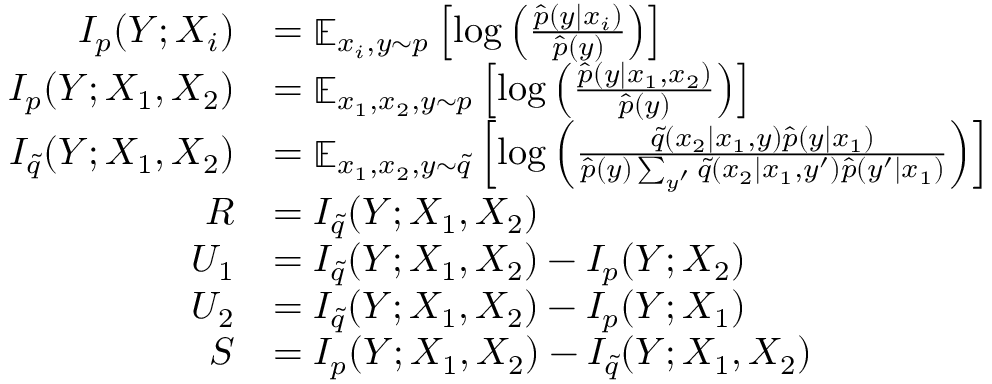
\begin{array} { r l } { I _ { p } ( Y ; X _ { i } ) } & { = \mathop { \mathbb { E } } _ { x _ { i } , y \sim p } \left[ \log \left( \frac { \hat { p } ( y | x _ { i } ) } { \hat { p } ( y ) } \right) \right] } \\ { I _ { p } ( Y ; X _ { 1 } , X _ { 2 } ) } & { = \mathop { \mathbb { E } } _ { x _ { 1 } , x _ { 2 } , y \sim p } \left[ \log \left( \frac { \hat { p } ( y | x _ { 1 } , x _ { 2 } ) } { \hat { p } ( y ) } \right) \right] } \\ { I _ { \tilde { q } } ( Y ; X _ { 1 } , X _ { 2 } ) } & { = \mathop { \mathbb { E } } _ { x _ { 1 } , x _ { 2 } , y \sim \tilde { q } } \left[ \log \left( \frac { \tilde { q } ( x _ { 2 } | x _ { 1 } , y ) \hat { p } ( y | x _ { 1 } ) } { \hat { p } ( y ) \sum _ { y ^ { \prime } } \tilde { q } ( x _ { 2 } | x _ { 1 } , y ^ { \prime } ) \hat { p } ( y ^ { \prime } | x _ { 1 } ) } \right) \right] } \\ { R } & { = I _ { \tilde { q } } ( Y ; X _ { 1 } , X _ { 2 } ) } \\ { U _ { 1 } } & { = I _ { \tilde { q } } ( Y ; X _ { 1 } , X _ { 2 } ) - I _ { p } ( Y ; X _ { 2 } ) } \\ { U _ { 2 } } & { = I _ { \tilde { q } } ( Y ; X _ { 1 } , X _ { 2 } ) - I _ { p } ( Y ; X _ { 1 } ) } \\ { S } & { = I _ { p } ( Y ; X _ { 1 } , X _ { 2 } ) - I _ { \tilde { q } } ( Y ; X _ { 1 } , X _ { 2 } ) } \end{array}